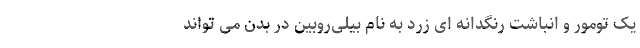
یک تومور و انباشت رنگدانه ای زرد به نام بیلی‌روبین در بدن می تواند